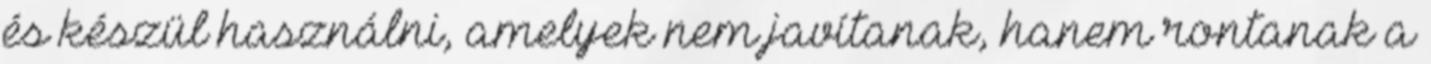
és készül használni, amelyek nem javítanak, hanem rontanak a